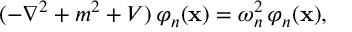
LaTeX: ( - \nabla ^ { 2 } + m ^ { 2 } + V ) \, \varphi _ { n } ( { \bf x } ) = \omega _ { n } ^ { 2 } \, \varphi _ { n } ( { \bf x } ) ,